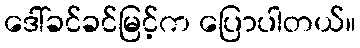
ဒေါ်ခင်ခင်မြင့်က ပြောပါတယ်။